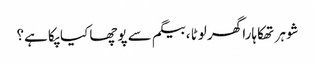
شوہر تھکاہارا گھر لوٹا ،بیگم سے پوچھا کیا پکا ہے؟